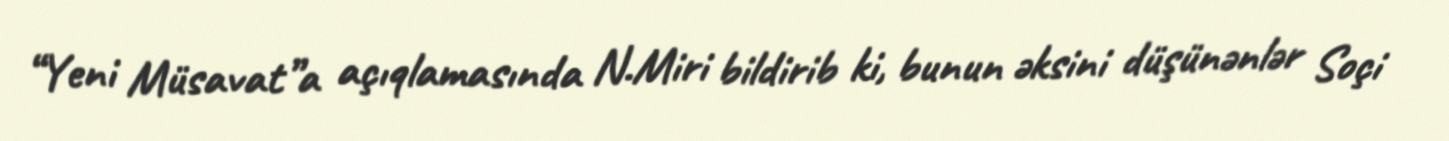
“Yeni Müsavat”a açıqlamasında N.Miri bildirib ki, bunun əksini düşünənlər Soçi